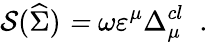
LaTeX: {\cal S}(\widehat{\Sigma})\; {\cal=\; }\omega\varepsilon^{\mu}\Delta_{\mu}^{cl}\; \; .